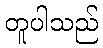
တူပါသည်